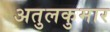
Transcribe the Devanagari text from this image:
अतुलकुमार